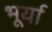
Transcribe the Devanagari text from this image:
भूर्या